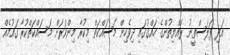
އަދި ފަލަސްތީނު ރައްޔިތުންގެ ހައްގުގައި ދިވެހިން މަސައްކަތް މިކުރާ މިންވަރަށް މަސައްކަތްކުރާ ގައުމެއް